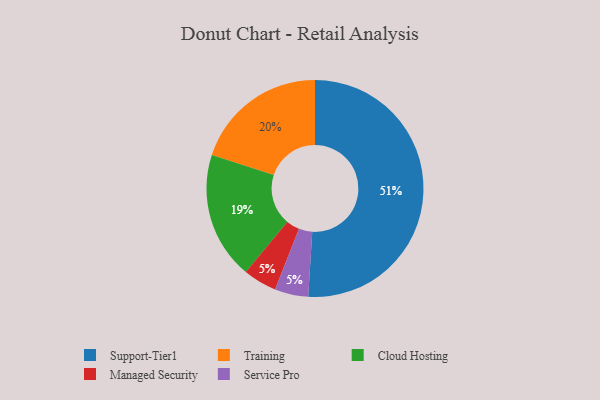
{"axis": {"x": "Category", "y": "Percentage"}, "legend": ["Cloud Hosting", "Managed Security", "Service Pro", "Support-Tier1", "Training"], "data": [{"x": "Managed Security", "y": 5, "type": "Managed Security"}, {"x": "Cloud Hosting", "y": 19, "type": "Cloud Hosting"}, {"x": "Service Pro", "y": 5, "type": "Service Pro"}, {"x": "Training", "y": 20, "type": "Training"}, {"x": "Support-Tier1", "y": 51, "type": "Support-Tier1"}]}